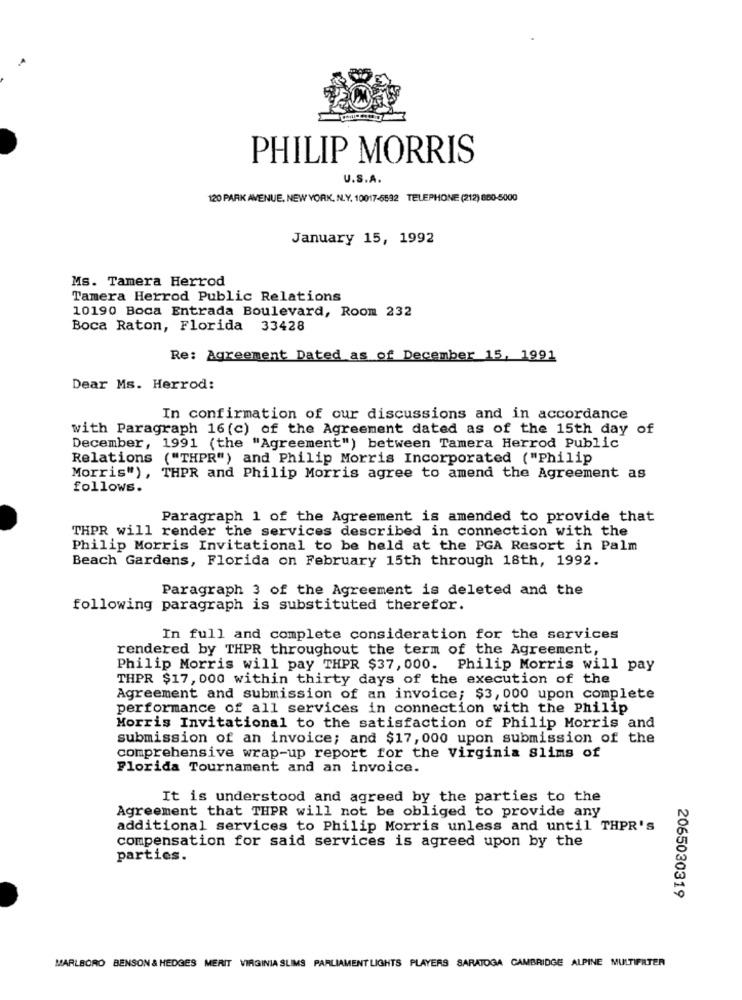
PHILIP MORRIS
U.S.A.
120 PARK AVENUE, NEW YORK, N.Y. 10017-5532 TELEPHONE (212) 880-5000
January 15, 1992
Ms. Tamera Herrod
Tamera Herrod Public Relations
10190 Boca Entrada Boulevard, Room 232
Boca Raton, Florida 33428
Re: Agreement Dated as of December 15, 1991
Dear Ms. Herrod:
In confirmation of our discussions and in accordance
with Paragraph 16(c) of the Agreement dated as of the 15th day of
December, 1991 (the "Agreement") between Tamera Herrod Public
Relations ("THPR") and Philip Morris Incorporated ("Philip
Morris"), THPR and Philip Morris agree to amend the Agreement as
follows.
Paragraph 1 of the Agreement is amended to provide that
THPR will render the services described in connection with the
Philip Morris Invitational to be held at the PGA Resort in Palm
Beach Gardens, Florida on February 15th through 18th, 1992.
Paragraph 3 of the Agreement is deleted and the
following paragraph is substituted therefor.
In full and complete consideration for the services
rendered by THPR throughout the term of the Agreement,
Philip Morris will pay THPR $37, 000. Philip Morris will pay
THPR $17, 000 within thirty days of the execution of the
Agreement and submission of an invoice; $3, 000 upon complete
performance of all services in connection with the Philip
Morris Invitational to the satisfaction of Philip Morris and
submission of an invoice; and $17, 000 upon submission of the
comprehensive wrap-up report for the virginia Slims of
Florida Tournament and an invoice.
It is understood and agreed by the parties to the
Agreement that THPR will not be obliged to provide any
additional services to Philip Morris unless and until THPR'S
compensation for said services is agreed upon by the
parties.
2065030319
MARLBORO BENSON & HEDGES MERIT VIRGINIA SLIMS PARLIAMENT LIGHTS PLAYERS SARATOGA CAMBRIDGE ALPINE MULTIFILTER